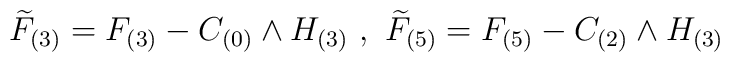
{\widetilde{F}}_{(3)} = F_{(3)} - C_{(0)} \wedge H_{(3)}~,~{\widetilde{F}}_{(5)} = F_{(5)} - C_{(2)} \wedge H_{(3)}